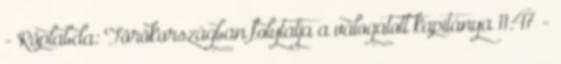
- Röplabda: Törökországban folytatja a válogatott kapitánya 11:47 -